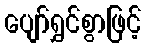
ပျော်ရွှင်စွာဖြင့်